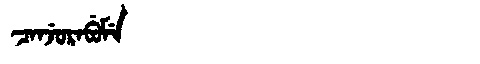
Manchu: ᠴᠠᠨᠵᡠᡵᠠᠪᡠᠮᡝ
Romanization: CANJURABUME